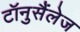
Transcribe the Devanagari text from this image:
टॉनुसैंलेज